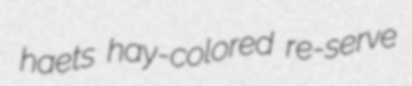
haets hay-colored re-serve